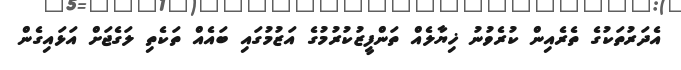
އެދަރުތަކުގެ ތެރެއިން ކުރެވުނު ޚިޔާލެއް ތަންފީޒުކުރުމުގެ އަޒުމުގައި ބައެއް ތަކެތި ލަގެޖަށް އަޅައިގެން